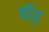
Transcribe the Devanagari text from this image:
बीढ़